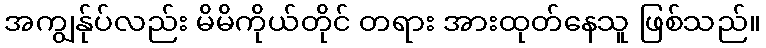
အကျွန်ုပ်လည်း မိမိကိုယ်တိုင် တရား အားထုတ်နေသူ ဖြစ်သည်။